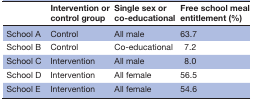
<table><thead><tr><td></td><td><b>Intervention or control group</b></td><td><b>Single sex or co-educational</b></td><td><b>Free school meal entitlement (%)</b></td></tr></thead><tbody><tr><td>School A</td><td>Control</td><td>All male</td><td>63.7</td></tr><tr><td>School B</td><td>Control</td><td>Co-educational</td><td>7.2</td></tr><tr><td>School C</td><td>Intervention</td><td>All male</td><td>8.0</td></tr><tr><td>School D</td><td>Intervention</td><td>All female</td><td>56.5</td></tr><tr><td>School E</td><td>Intervention</td><td>All female</td><td>54.6</td></tr></tbody></table>